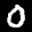
Label: 0